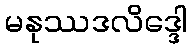
မနုဿဒလိဒ္ဒေါ